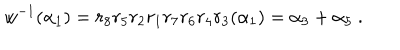
w ^ { - 1 } ( \alpha _ { 1 } ) = r _ { 8 } r _ { 5 } r _ { 2 } r _ { 1 } r _ { 7 } r _ { 6 } r _ { 4 } r _ { 3 } ( \alpha _ { 1 } ) = \alpha _ { 3 } + \alpha _ { 5 } ~ .